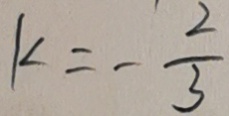
k = - \frac { 2 } { 3 }